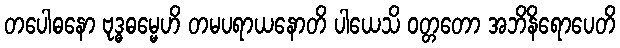
တပေါဓနော ဗုဒ္ဓဓမ္မေဟိ တမပရာယနောတိ ပါယေသိ ဝတ္တတော အဘိနိရောပေတိ